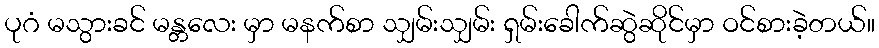
ပုဂံ မသွားခင် မန္တလေး မှာ မနက်စာ သျှမ်းသျှမ်း ရှမ်းခေါက်ဆွဲဆိုင်မှာ ဝင်စားခဲ့တယ်။